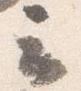
云